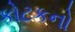
કોટકનો